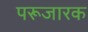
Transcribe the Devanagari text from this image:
परूजारक